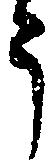
う